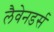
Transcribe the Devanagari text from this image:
लैवेनडर्स